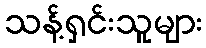
သန့်ရှင်းသူများ